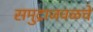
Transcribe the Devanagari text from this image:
समुद्राजवळचे